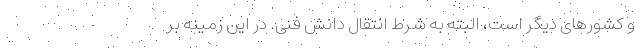
و کشورهای دیگر است، البته به شرط انتقال دانش فنی. در این زمینه بر